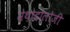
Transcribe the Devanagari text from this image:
मेथोडोलोजी